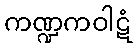
ကဏ္ဍကဝါဋံ